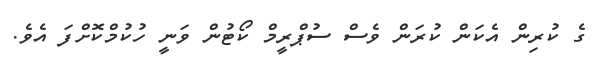
ގެ ކުރިން އެކަން ކުރަން ވެސް ސުޕްރީމް ކޯޓުން ވަނީ ހުކުމްކޮށްފަ އެވެ.